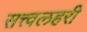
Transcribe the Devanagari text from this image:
सत्त्वलहरी